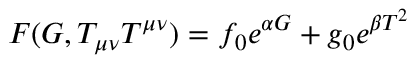
F ( G , T _ { \mu \nu } T ^ { \mu \nu } ) = f _ { 0 } e ^ { \alpha G } + g _ { 0 } e ^ { \beta T ^ { 2 } }